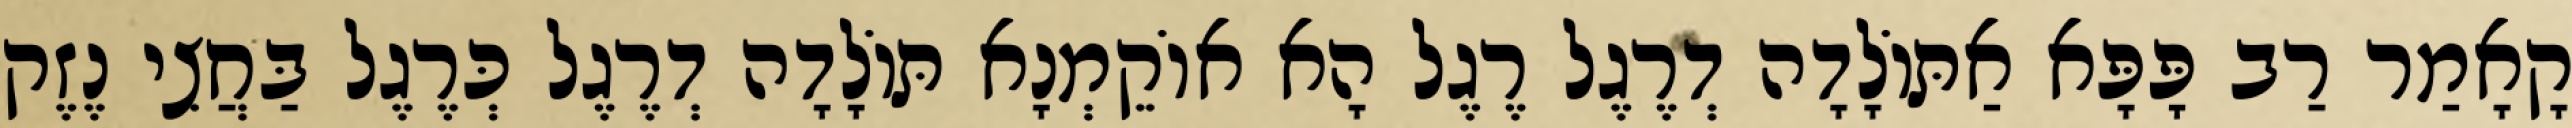
קָאָמַר רַב פָּפָּא אַתּוֹלָדָה דְרֶגֶל רֶגֶל הָא אוֹקֵמְנָא תּוֹלָדָה דְרֶגֶל כְּרֶגֶל בַּחֲצִי נֶזֶק